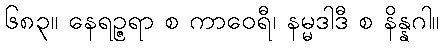
၆၈၃။ နေရဉ္ဇရာ စ ကာဝေရီ၊ နမ္မဒါဒီ စ နိန္နဂါ။